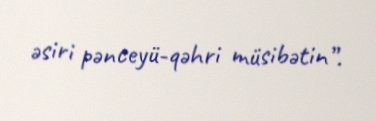
əsiri pənceyü-qəhri müsibətin”.